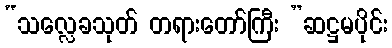
“သလ္လေခသုတ် တရားတော်ကြီး ”ဆဋ္ဌမပိုင်း